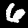
Label: 6